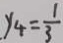
y _ { 4 } = \frac { 1 } { 3 }